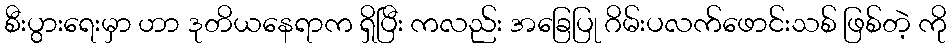
စီးပွားရေးမှာ ဟာ ဒုတိယနေရာက ရှိပြီး ကလည်း အခြေပြု ဂိမ်းပလက်ဖောင်းသစ် ဖြစ်တဲ့ ကို